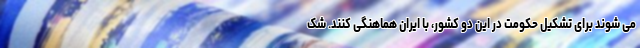
می شوند برای تشکیل حکومت در این دو کشور، با ایران هماهنگی کنند. شک